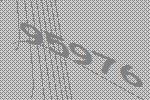
95976